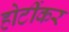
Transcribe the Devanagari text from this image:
होर्टीकर